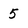
Character: 5